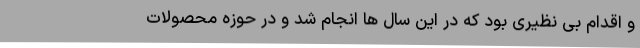
و اقدام بی نظیری بود که در این سال‌ ها انجام شد و در حوزه محصولات